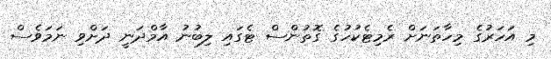
މި އަހަރުގެ މިހާތަނަށް ރެމިޓެކުހުގެ ގޮތުންސް ޓެގައި ލިބުނު އާމްދަނީ ދަށްވި ނަމަވެސް